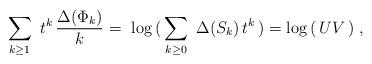
LaTeX: \begin{align*}\sum_{k\geq 1}\ t^k \, {\Delta (\Phi_k) \over k} =\ \log \, (\, \sum_{k\geq 0} \ \Delta(S_k) \, t^k \, )= \log \, (\, U V \,) \ ,\end{align*}